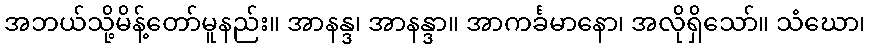
အဘယ်သို့မိန့်တော်မူနည်း။ အာနန္ဒ၊ အာနန္ဒာ။ အာကင်္ခမာနော၊ အလိုရှိသော်။ သံဃော၊